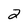
Character: 2